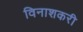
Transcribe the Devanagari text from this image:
विनाशकरी